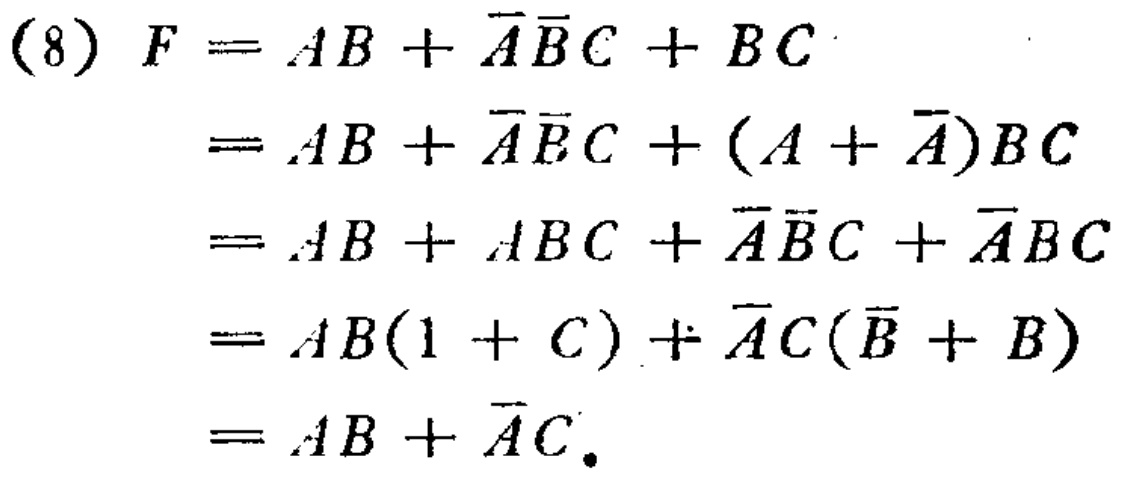
\begin{align*}
(8) F&=AB+\overline{A}\overline{B}C + BC\\
&=AB+\overline{A}\overline{B}C+(A + \overline{A})BC\\
&=AB+ABC+\overline{A}\overline{B}C+\overline{A}BC\\
&=AB(1 + C)+\overline{A}C(\overline{B}+B)\\
&=AB+\overline{A}C.
\end{align*}